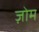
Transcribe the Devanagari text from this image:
ज़ोम